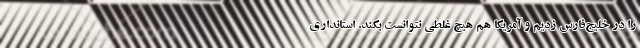
را در خلیج‌فارس زدیم و آمریکا هم هیچ غلطی نتوانست بکند. استانداری